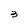
Character: 3